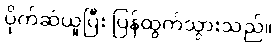
ပိုက်ဆံယူပြီး ပြန်ထွက်သွားသည်။